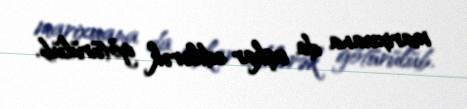
marixuana da aşkar edilərək götürülüb.